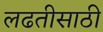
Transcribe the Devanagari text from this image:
लढतीसाठी